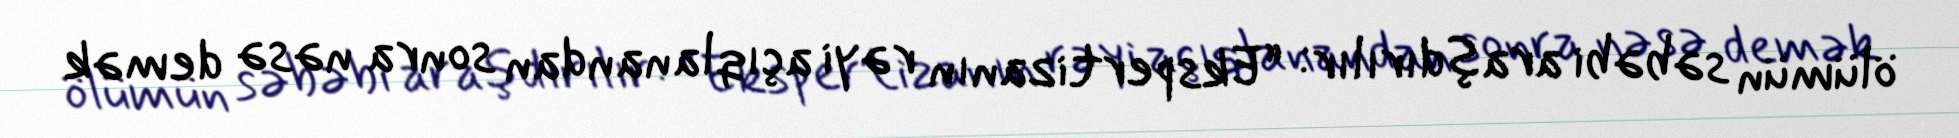
ölümün səbəbi araşdırılır: “Ekspertizanın rəyi açıqlanandan sonra nəsə demək